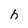
Character: h